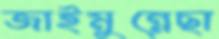
জাইমুন্নেছা